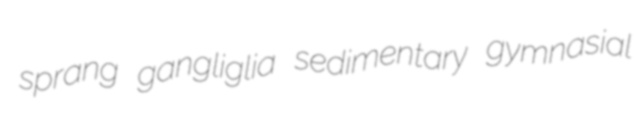
sprang gangliglia sedimentary gymnasial